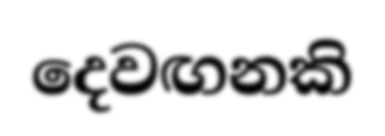
දෙවඟනකි